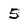
Character: 5